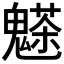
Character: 𩴊